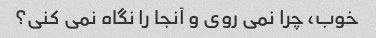
خوب، چرا نمی روی و آنجا را نگاه نمی کنی؟